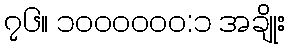
၇၆။ ၁၀၀၀၀၀၀:၁ အချိုး